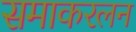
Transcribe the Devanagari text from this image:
समाकरलन